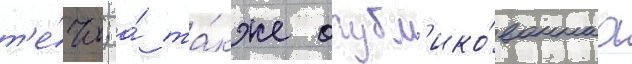
т'е́чи; а́ та́кже опубл'ико́ваннаа